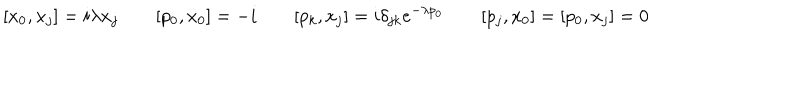
[ x _ { 0 } , x _ { j } ] = i \lambda x _ { j } \qquad [ p _ { 0 } , x _ { 0 } ] = - i \qquad [ p _ { k } , x _ { j } ] = i \delta _ { j k } e ^ { - \lambda p _ { 0 } } \qquad [ p _ { j } , x _ { 0 } ] = [ p _ { 0 } , x _ { j } ] = 0